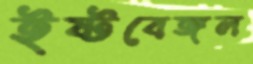
ইষ্টবেঙ্গল